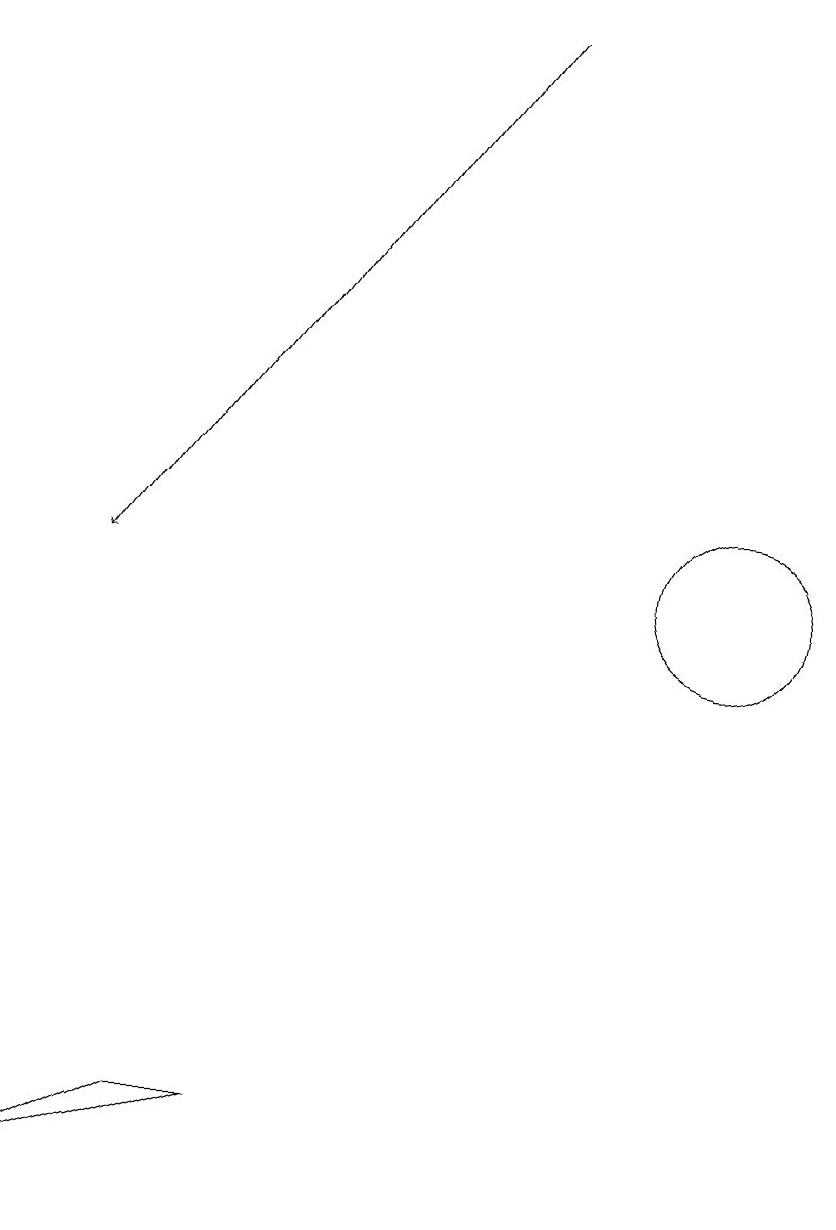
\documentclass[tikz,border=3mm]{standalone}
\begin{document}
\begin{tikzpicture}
\draw[->] (9,18) -- (4,11);
\draw (12,11) circle (1);
\draw (6,4) -- (5,4) -- (3,3) -- cycle;
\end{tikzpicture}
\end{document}